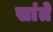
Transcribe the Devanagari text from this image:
सांते